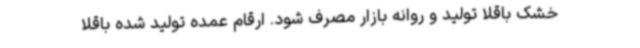
خشک باقلا تولید و روانه بازار مصرف شود. ارقام عمده تولید شده باقلا